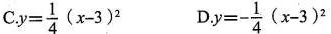
C. $$y = \frac{1}{4} ( x - 3 )^{2}$$ D.$$y = - \frac{1}{4} ( x - 3 )^{2}$$